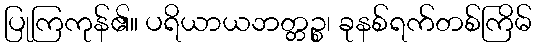
ပြုကြကုန်၏။ ပရိယာယဘတ္တဉ္စ၊ ခုနစ်ရက်တစ်ကြိမ်